Vaccination Hyderabad 1890-1903 - 1890-1903
Year: 1890
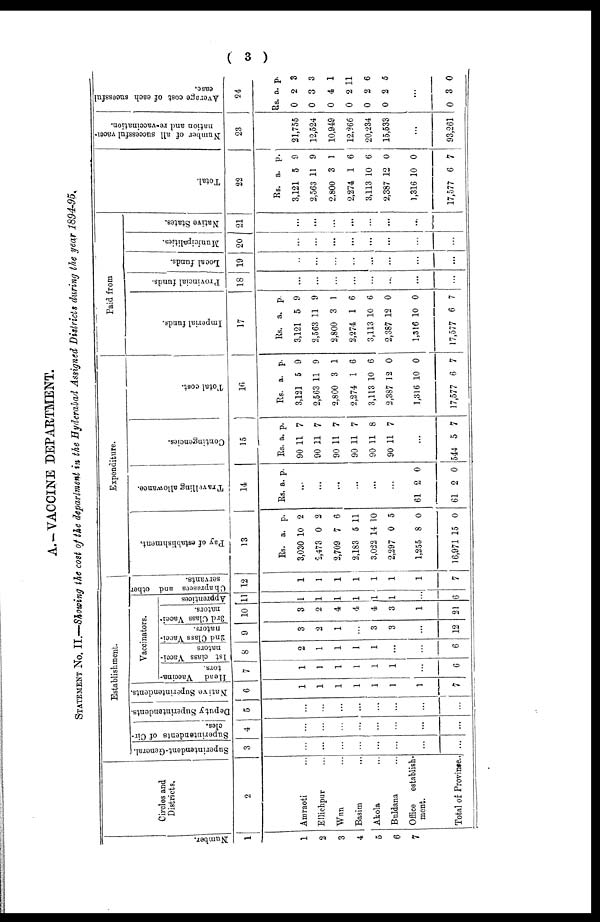
( 3 )
A.—VACCINE DEPARTMENT.
STATEMENT NO. II.—Showing the cost of the department in the Hyderabad Assigned Districts during the year 1894-95.
Number.
1
1
2
3
4
5
6
7
Circles and
Districts.
2
Amraoti ...
Ellichpur ...
Wun ...
Basim
...
Akola ...
Buldana ...
Office
establish-
ment.
Total of Province..
Establishment.
Superintendent-General.
3
...
...
...
...
...
...
...
...
Superintendents of Cir-
cles.
4
...
...
...
...
...
...
...
...
Deputy Superintendents.
5
...
...
...
...
...
...
...
...
Native Superintendents.
6
1
1
1
1
1
1
1
7
Vaccinators.
Head Vaccina-
tors.
7
1
1
1
1
1
1
...
6
1st class Vacci-
nators
8
2
1
1
1
1
...
...
6
2nd Class Vacci-
nators.
9
3
2
1
...
3
3
...
12
3rd Class Vacci¬
nators.
10
3
2
4
4
4
3
1
21
Apprentices
11
1
1
1
1
1
1
...
6
Chaprasees and other
servants.
12
1
1
1
1
1
1
1
7
Expenditure.
Pay of establishment.
13
Rs.
3,030
2,473
2,709
2,183
3,022
2,297
1,255
16,971
a.
10
0
7
5
14
0
8
15
p.
2
2
6
11
10
5
0
0
Travelling allowance.
14
Rs. a. p.
...
...
...
...
...
...
61
61
2
2
0
0
Contingencies.
15
Rs.
90
90
90
90
90
90
a.
11
11
11
11
11
11
p.
7
7
7
7
8
7
...
544 5 7
Total cost.
16
Rs.
3,121
2,563
2,800
2,274
3,113
2,387
1,316
17,577
a.
5
11
3
1
10
12
10
6
p.
9
9
1
6
6
0
0
7
Paid from
Imperial funds.
17
Rs.
3,121
2,563
2,800
2,274
3,113
2,387
1,316
17,577
a.
5
11
3
1
10
12
10
6
p.
9
9
1
6
6
0
0
7
Provincial funds.
18
...
...
...
...
...
...
...
...
Local funds.
19
...
...
...
...
...
...
...
...
Municipalities.
20
...
...
...
...
...
...
...
...
Native States.
21
...
...
...
...
...
...
...
...
Total.
22
Rs.
3,121
2,563
2,800
2,274
3,113
2,387
1,316
17,577
a.
5
11
3
1
10
12
10
6
p.
9
9
1
6
6
0
0
7
Number of all successful vacci-
nation and re-vaccination.
23
21,755
12,524
10,949
12,266
20,234
15,533
...
93,261
Average cost of each sucessful
case.
24
Rs.
0
0
0
0
0
0
a.
2
3
4
2
2
2
p.
3
3
1
11
6
5
...
0 3 0